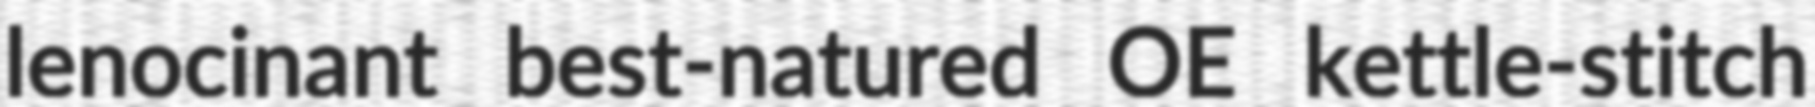
lenocinant best-natured OE kettle-stitch